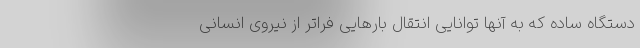
دستگاه ساده که به آنها توانایی انتقال بارهایی فراتر از نیروی انسانی